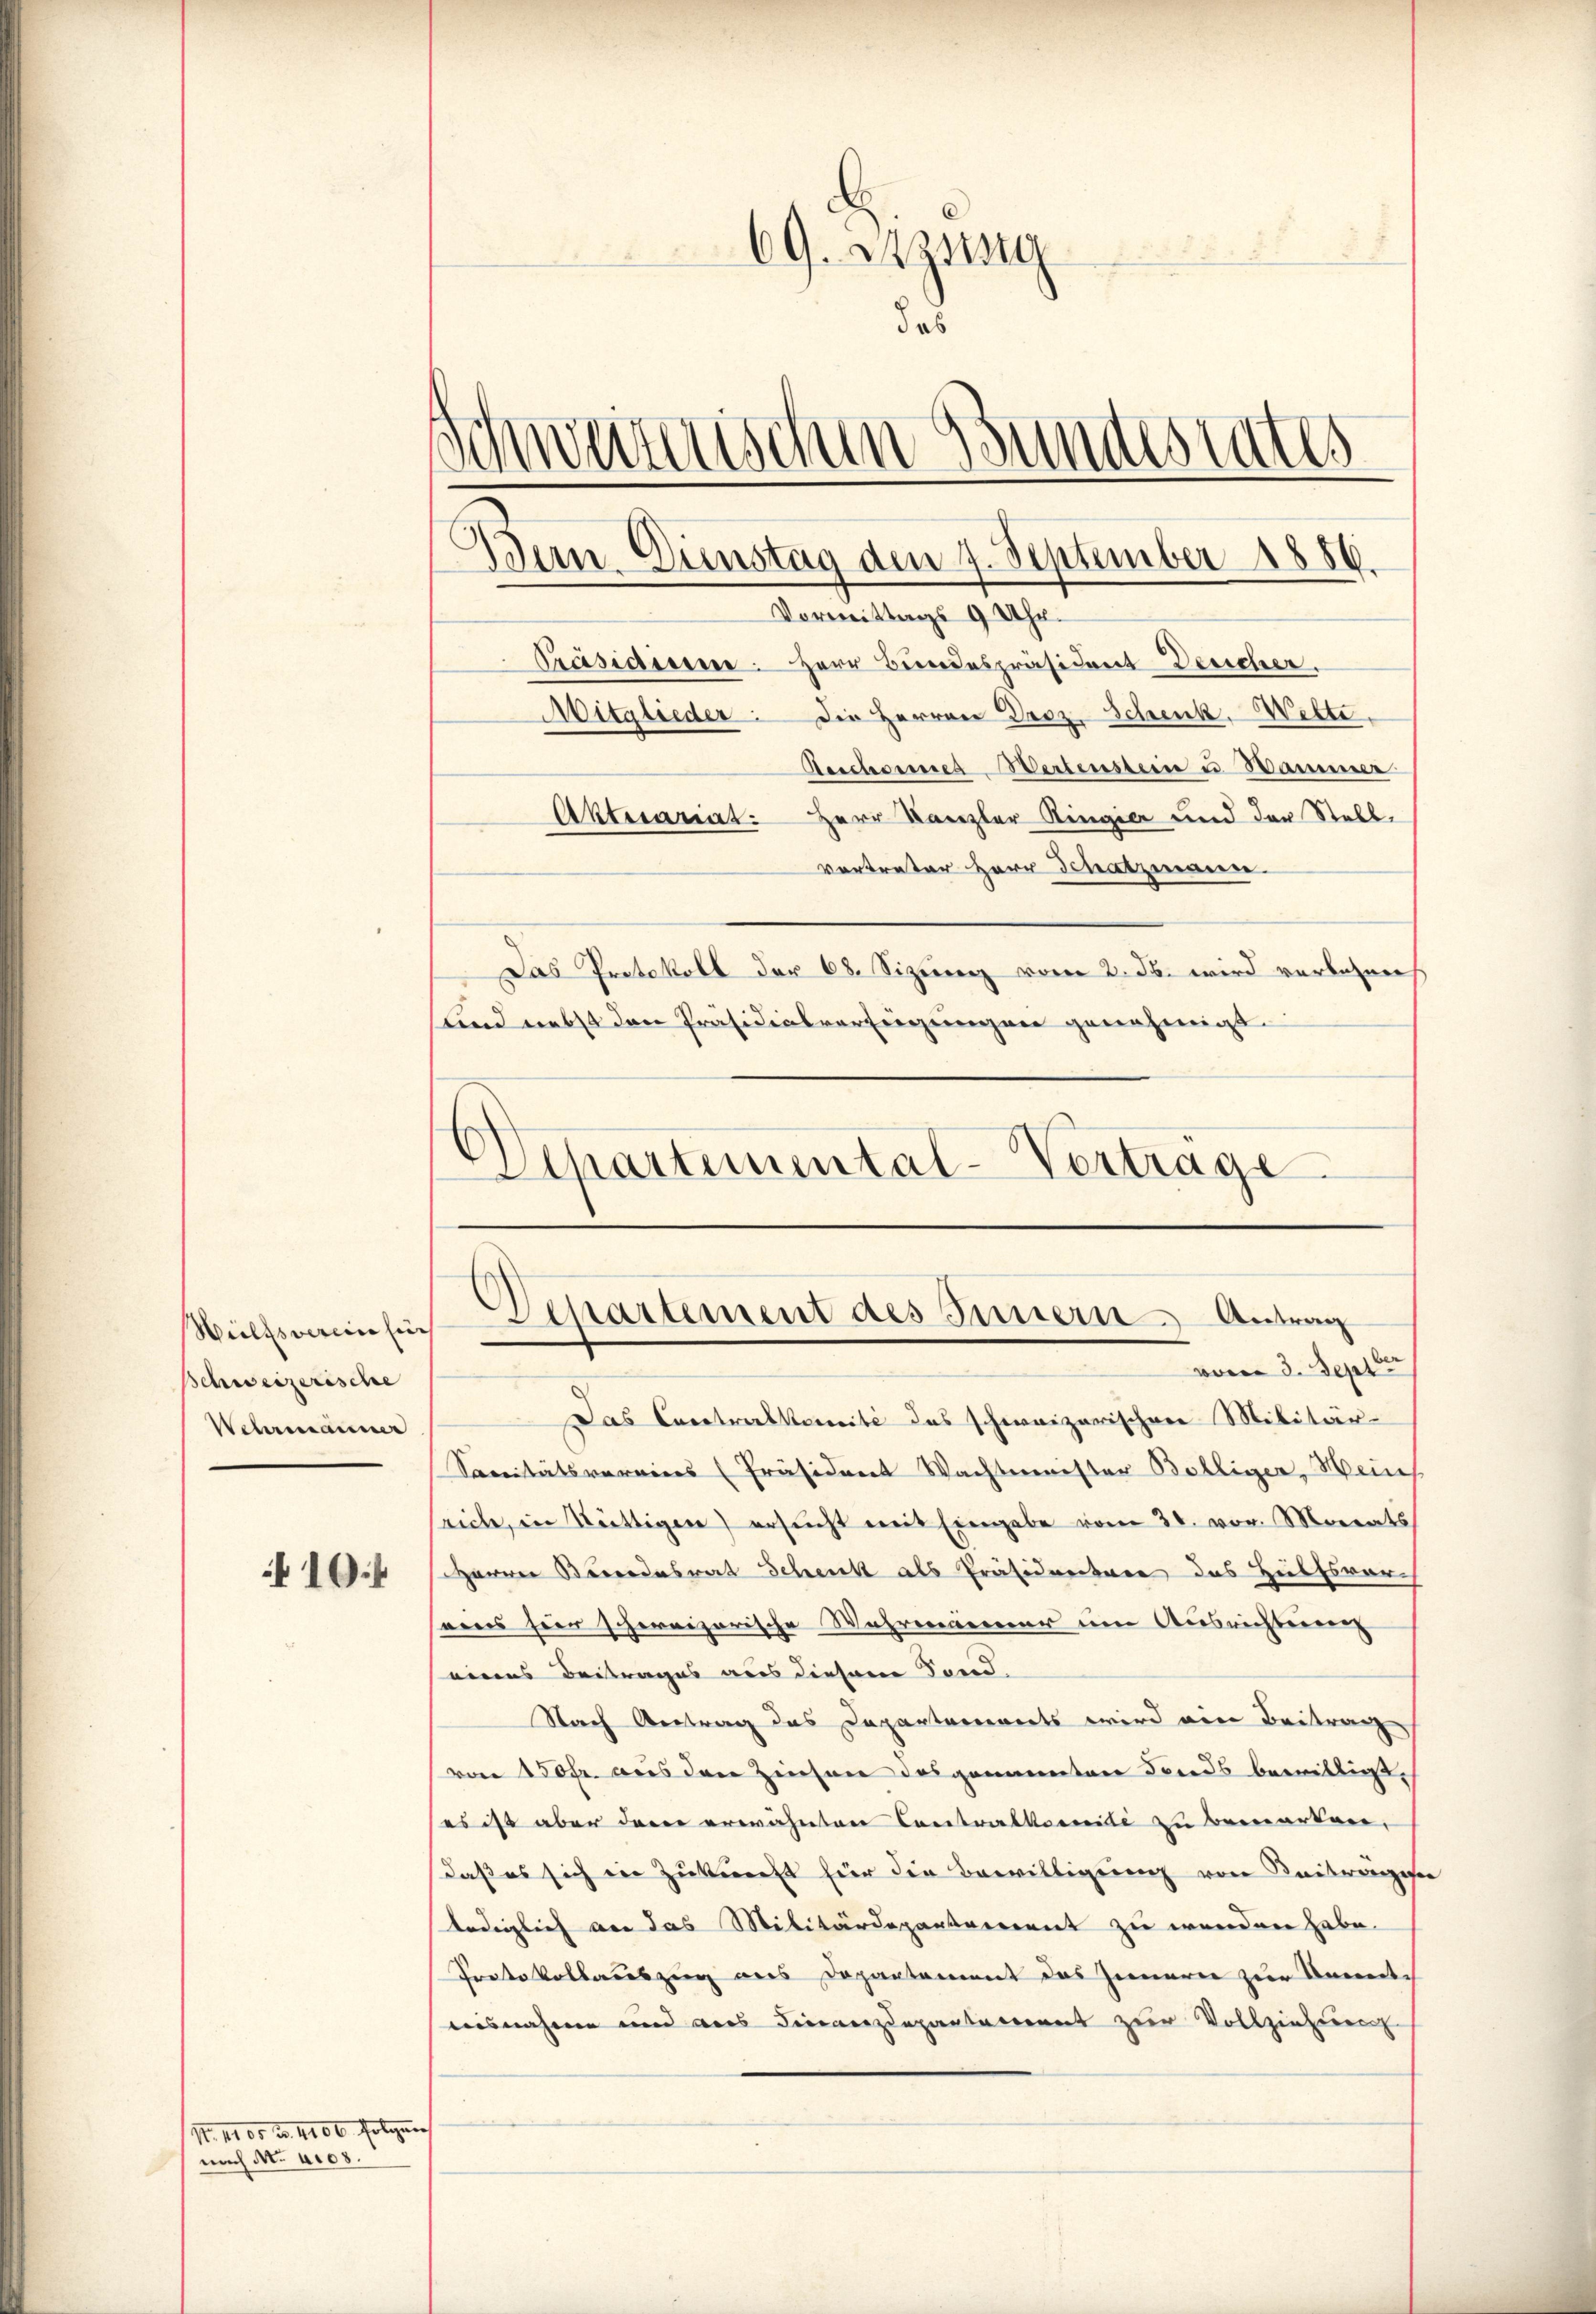
Welfsverein sich
Schweizerische
Wehrmanner
10.

N. 1100 u. 4400 folgen
nach N. aros.

69. Setzung
das
Schweizerischen Gundestates
Bern. Dienstag den 7. September 1886.
Vormittags 9 Uhr.
Präsidieren. Herr Bundespräsident Deucher.
Mitglieder die Herren Droz. Schenk. Wette
Aeschannes Wertenstein u Hammer
Aktuariat. Herr Kanzler Ringier und der Stell
vertreter Herr Schatzmann.

Das Protokoll der 68. Sizung vom 2. d. wird verbahnen.
sund nebst den Präsidialverfeigungen genehmigt.

Schartemental-Vertrage

Departement des Innern Antrag

vom 3. Septbr
Das Contralkomité des schweizerischen Militär-
Sanitätsvereins (Präsident Wachtmeister Bolliger, Weins
rich, in Stättigen) ersŭcht mit Eingabe vom 30. vor. Monats
Harrer Bärendesrat Schenk als Präsidentree des Hülfsvernens hier schereizerische Wahrendener im Ausrichtung
eines Beitrages aus diesem Sond.
Nach Antrag das Departareinerts wird ein Beitrag
von 150fr. aus den Zinsen das genannten Fonds bewilligt,
es ist aber denn erwähnten Contralkonseite zu bemerken,
daß es sich in Zukunft für die Bewilligung von Kaitragese
lediglich an das Militärdepartement zu werden habe.
Protokollauszug aus Departament das Inneren zur Unwerte
ausnahme und des Finanzdepartement zur Vollziehung